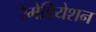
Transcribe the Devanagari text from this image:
रेमेडियेशन